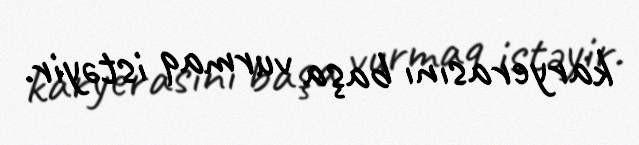
karyerasını başa vurmaq istəyir.